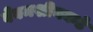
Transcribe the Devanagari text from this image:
वेबमशीनकडे